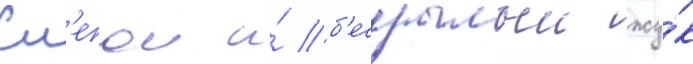
Сл'епои и́ б'ескрылыи жу́к